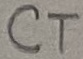
Text: CT